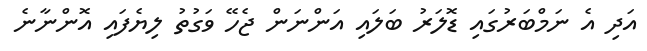
އަދި އެ ނަމްބަރުގައި ޑޮލަރު ބަލައި އަންނަން ޖެހޭ ވަގުތު ލިޔެފައި އޮންނާނެ